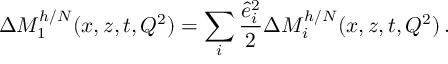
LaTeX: \Delta M _ { 1 } ^ { h / N } ( x , z , t , Q ^ { 2 } ) = \sum _ { i } \frac { \hat { e } _ { i } ^ { 2 } } { 2 } \Delta M _ { i } ^ { h / N } ( x , z , t , Q ^ { 2 } ) \, .